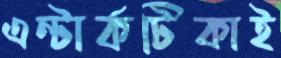
এন্টার্কটিকাই